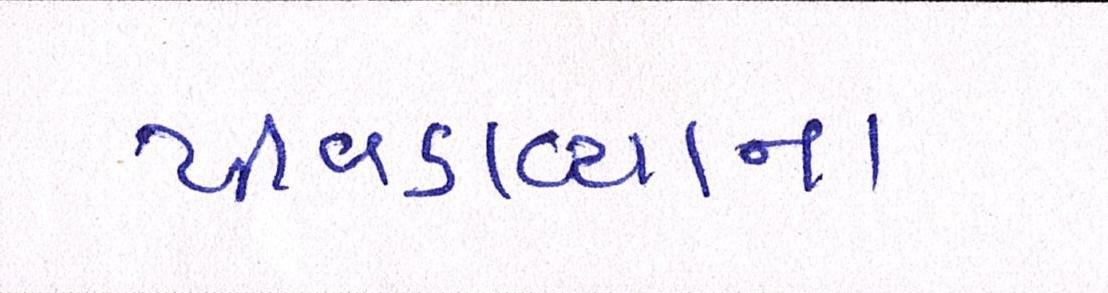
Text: પીવડાવ્યાના